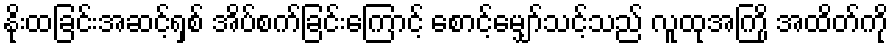
နိုးထခြင်းအဆင့်ရှစ် အိပ်စက်ခြင်းကြောင့် စောင့်မျှော်သင့်သည် လူထုအကြို အထိတ်ကို